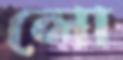
লো